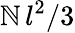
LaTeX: \mathbb{N}\, l^{2}/3